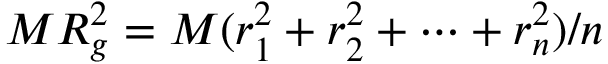
M R _ { g } ^ { 2 } = M ( r _ { 1 } ^ { 2 } + r _ { 2 } ^ { 2 } + \cdots + r _ { n } ^ { 2 } ) / n